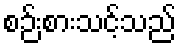
စဉ်းစားသင့်သည်